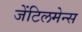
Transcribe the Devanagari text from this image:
जेंटिलमेन्स